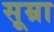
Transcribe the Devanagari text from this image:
सूम्रा